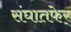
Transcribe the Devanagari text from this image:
संघातफेर्